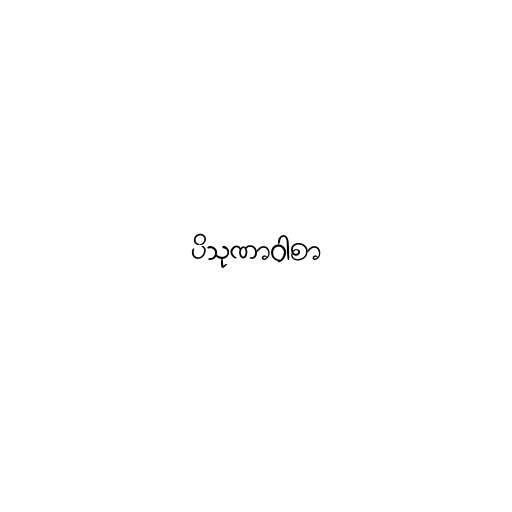
ပိသုဏာဝါစာ